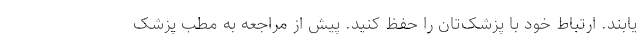
یابند. ارتباط خود با پزشک‌تان را حفظ کنید. پیش از مراجعه به مطب پزشک